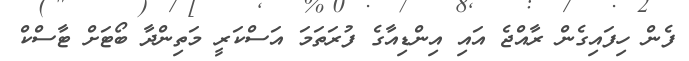
ފެން ހިފައިގެން ރާއްޖެ އައި އިންޑިއާގެ ފުރަތަމަ އަސްކަރީ މަތިންދާ ބޯޓަށް ޓާސްކް